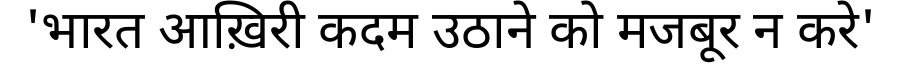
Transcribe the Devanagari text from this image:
'भारत आख़िरी कदम उठाने को मजबूर न करे'